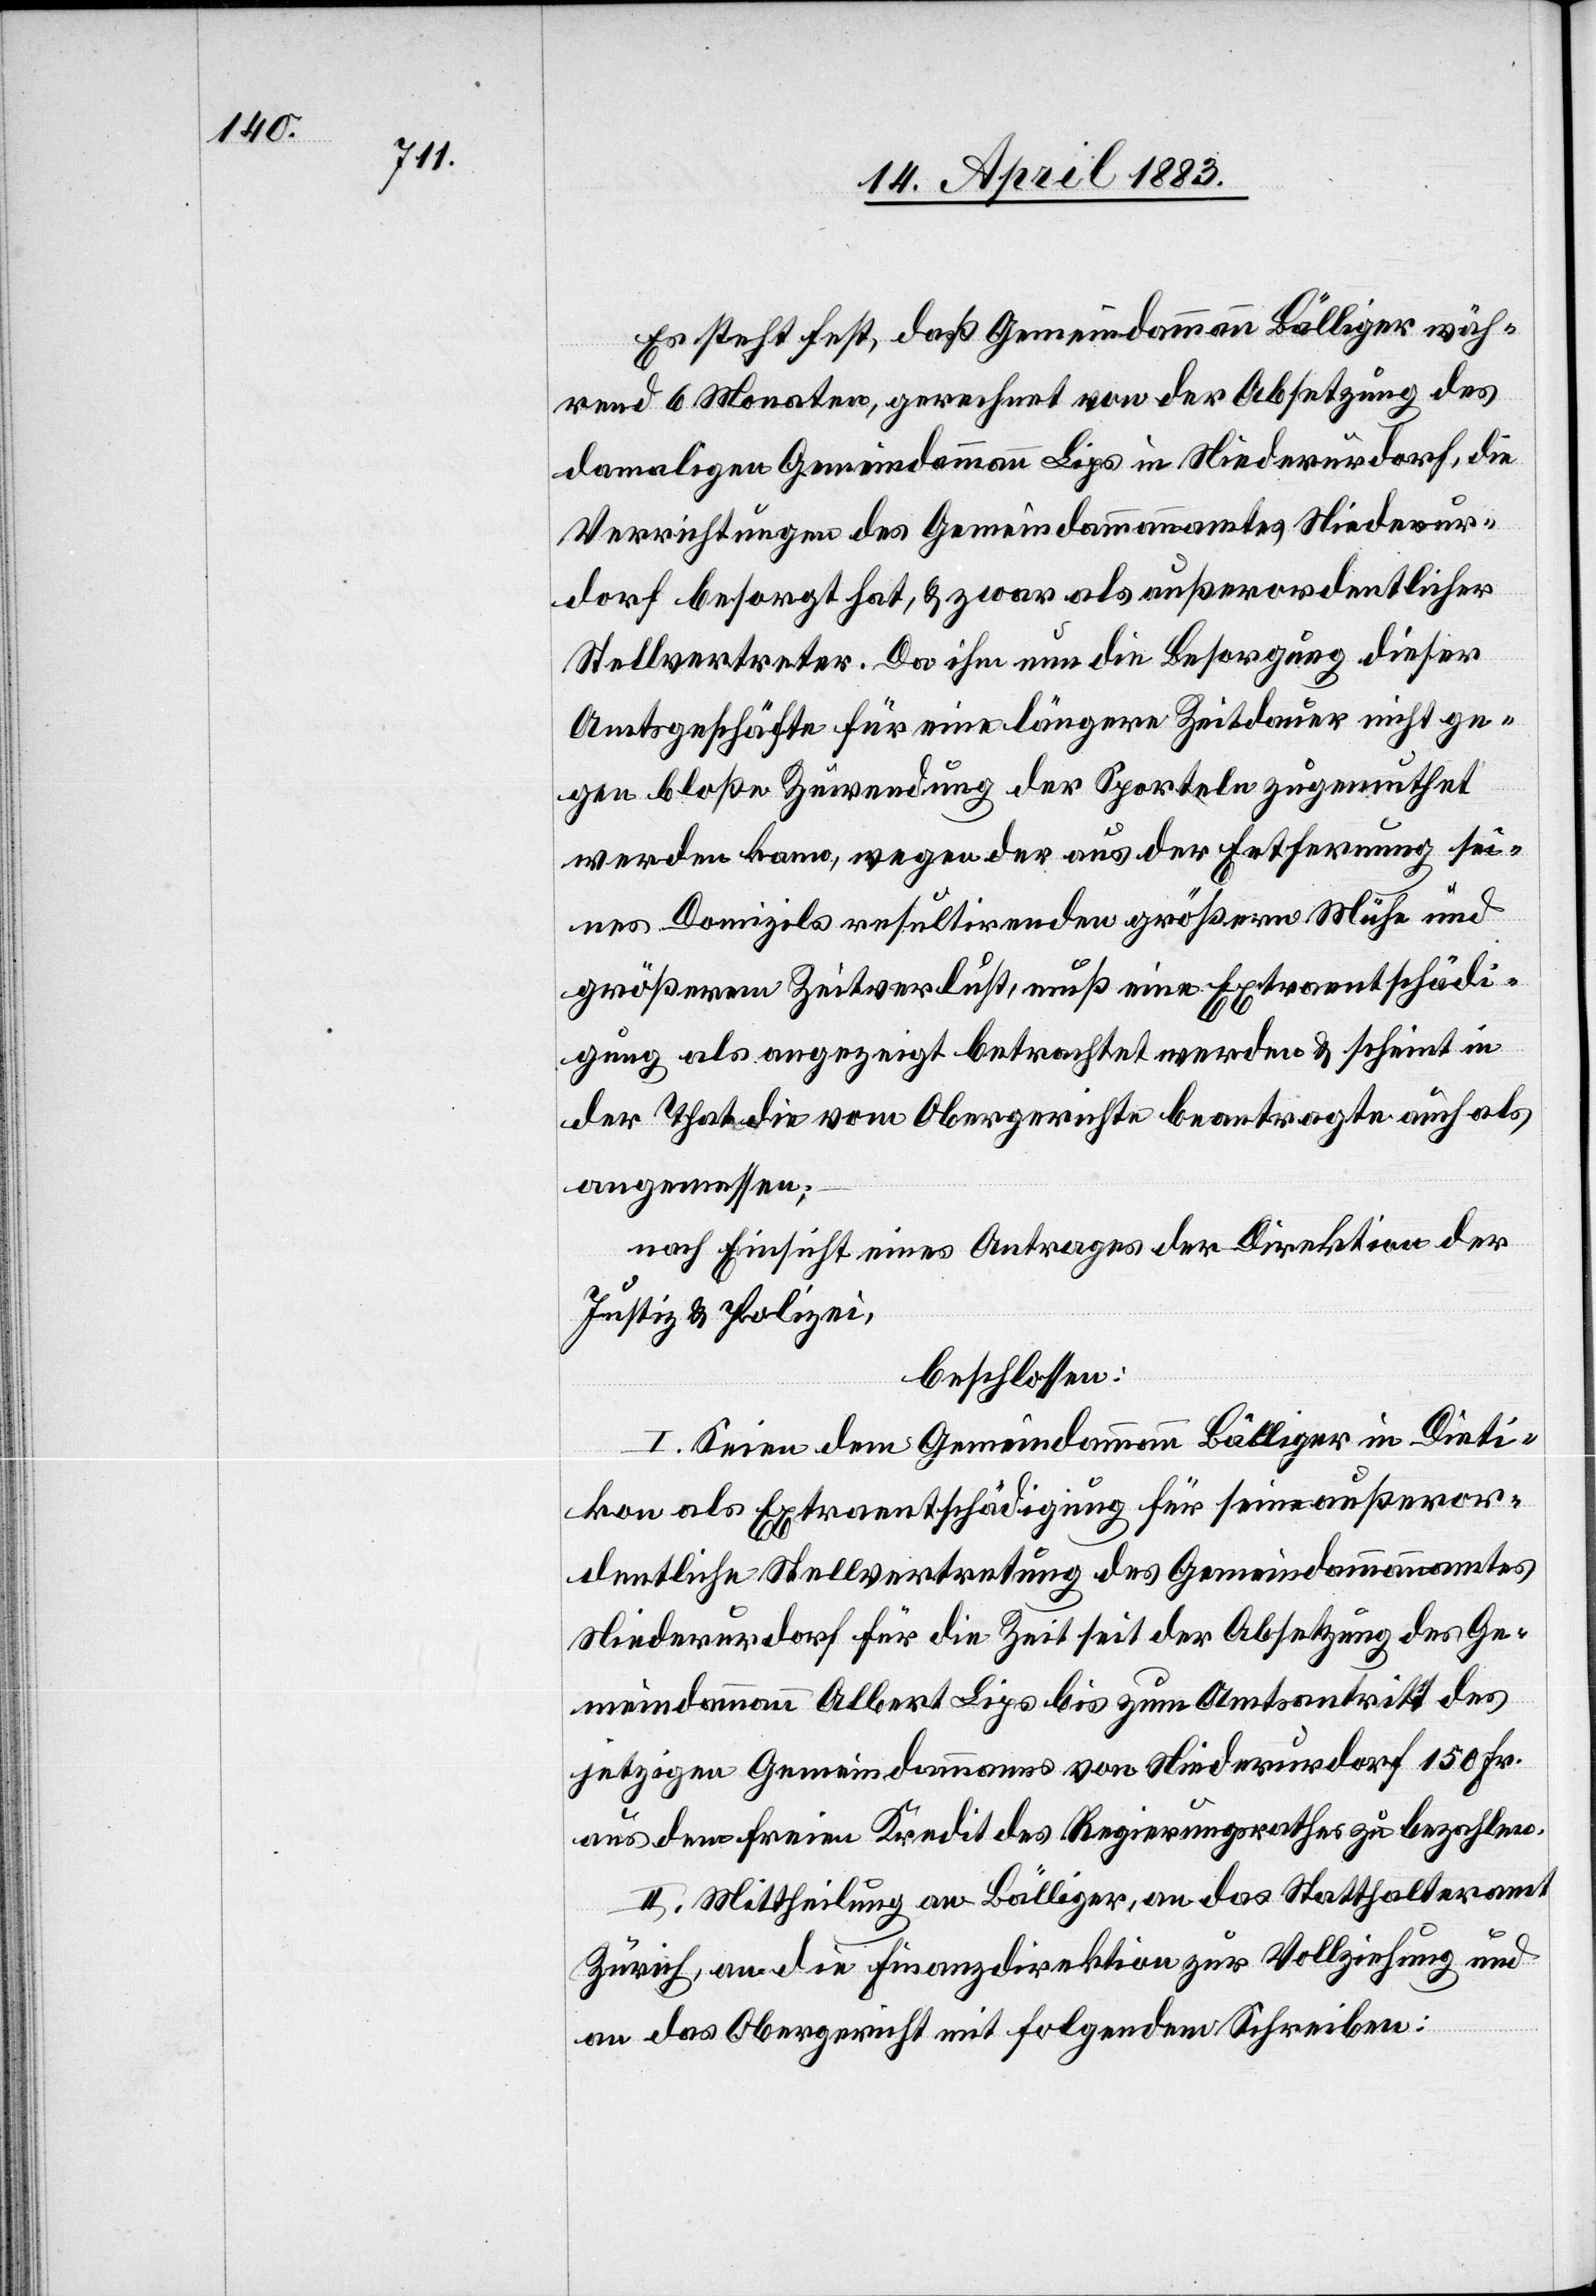
Es steht fest, daß Gemeindammann Bälliger wäh¬
rend 6 Monaten, gerechnet von der Absetzung des
damaligen Gemeindammann Lips in Niederurdorf, die
Verrichtungen des Gemeindammannamtes Niederur¬
dorf besorgt hat, & zwar als außerordentlicher
Stellvertreter. Da ihm nun die Besorgung dieser
Amtsgeschäfte für eine längere Zeitdauer nicht ge¬
gen bloße Zuwendung der Sporteln zugemuthet
werden kann, wegen der aus der Entfernung sei¬
nes Domizils resultirenden größern Mühe und
größerem Zeitverlust, muß eine Extraentschädi¬
gung als angezeigt betrachtet werden & scheint in
der That die vom Obergerichte beantragte auch als
angemessen;
nach Einsicht eines Antrages der Direktion der
Justiz & Polizei,
beschlossen:
I. Seien dem Gemeindammann Bälliger in Dieti¬
kon als Extraentschädigung für seine außeror¬
dentliche Stellvertretung des Gemeindammannamtes
Niederurdorf für die Zeit seit der Absetzung des Ge¬
meindammann Albert Lips bis zum Amtsantritt des
jetzigen Gemeindammannes von Niederurdorf 150 Fr.
aus dem freien Kredit des Regierungsrathes zu bezahlen.
II. Mittheilung an Bälliger, an das Statthalteramt
Zürich, an die Finanzdirektion zur Vollziehung und
an das Obergericht mit folgendem Schreiben: